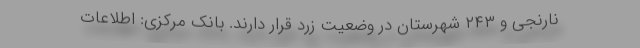
نارنجی و ۲۴۳ شهرستان در وضعیت زرد قرار دارند. بانک مرکزی: اطلاعات